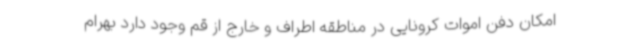
امکان دفن اموات کرونایی در مناطقه اطراف و خارج از قم وجود دارد بهرام